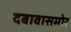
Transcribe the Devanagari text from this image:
दबावासमोर